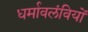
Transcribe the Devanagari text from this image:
धर्मावलंवियों